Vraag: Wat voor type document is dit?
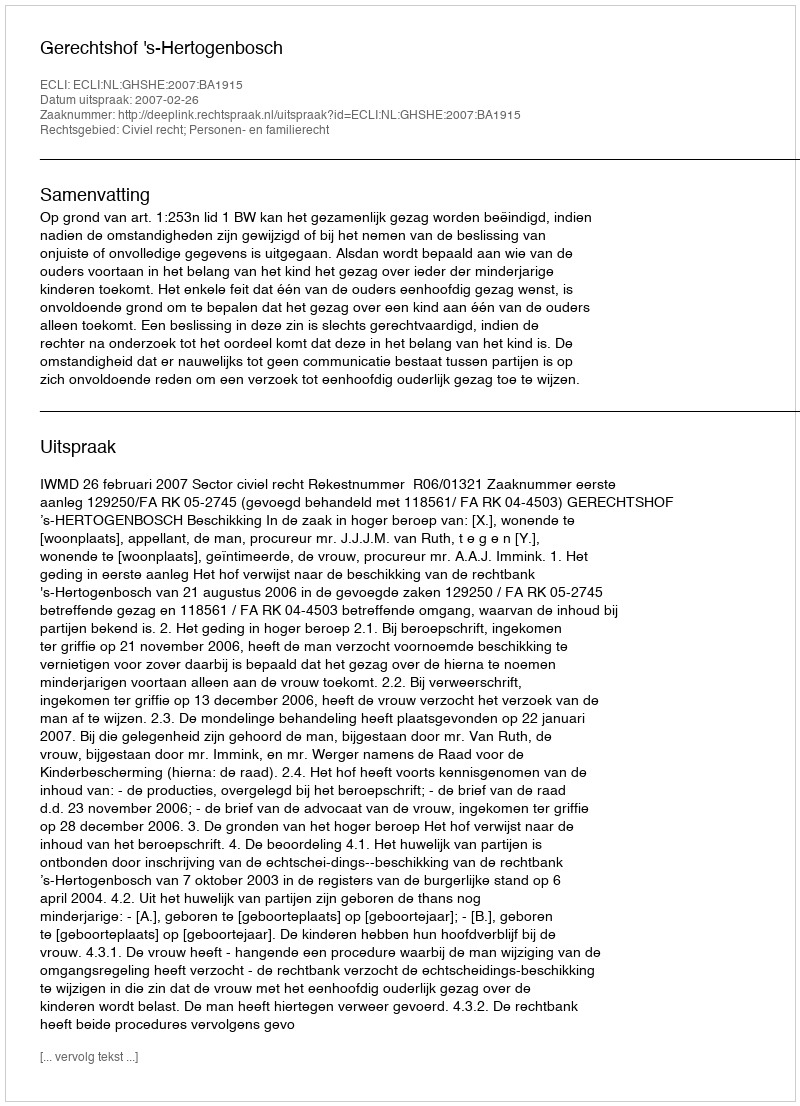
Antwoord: Uitspraak